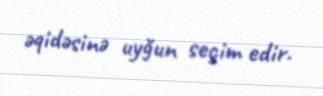
əqidəsinə uyğun seçim edir.